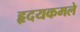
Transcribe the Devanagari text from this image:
हृदयकमले